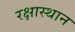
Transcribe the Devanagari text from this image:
रक्षास्थान